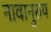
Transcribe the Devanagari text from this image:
नावानुरुप